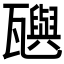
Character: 𬎰